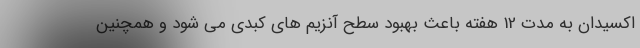
اکسیدان به مدت 12 هفته باعث بهبود سطح آنزیم های کبدی می شود و همچنین